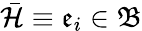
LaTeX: \bar{\mathcal{H}}\equiv\mathfrak{e}_{i}\in\mathfrak{B}